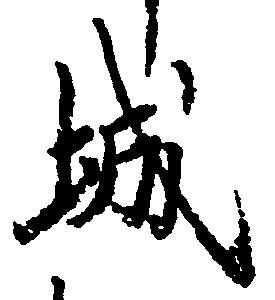
城